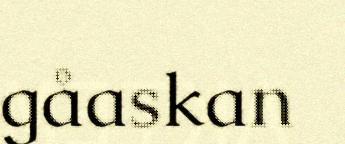
gåaskan